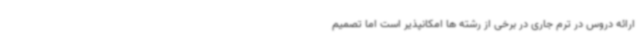
ارائه دروس در ترم جاری در برخی از رشته ها امکانپذیر است اما تصمیم